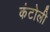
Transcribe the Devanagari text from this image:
कंटोली